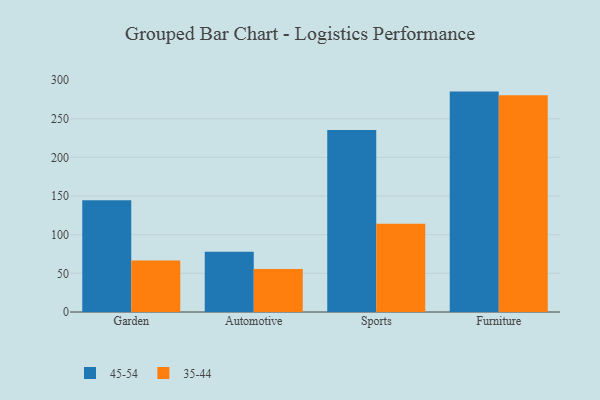
{"axis": {"x": "Category", "y": "Population (Million)"}, "legend": ["35-44", "45-54"], "data": [{"x": "Garden", "y": 144.6, "type": "45-54"}, {"x": "Garden", "y": 66.7, "type": "35-44"}, {"x": "Automotive", "y": 77.8, "type": "45-54"}, {"x": "Automotive", "y": 55.7, "type": "35-44"}, {"x": "Sports", "y": 235.4, "type": "45-54"}, {"x": "Sports", "y": 114.2, "type": "35-44"}, {"x": "Furniture", "y": 285.1, "type": "45-54"}, {"x": "Furniture", "y": 280.5, "type": "35-44"}]}